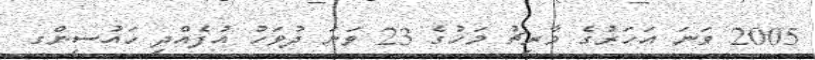
2005 ވަނަ އަހަރުގެ މާރިޗު މަހުގެ 23 ވަނަ ދުވަހު އުފެއްދި ހައުސިންގ